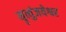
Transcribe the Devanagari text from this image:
मॄत्युंजयेश्वर